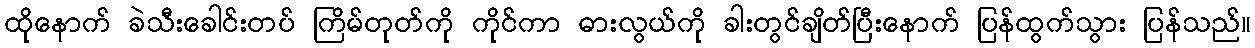
ထိုနောက် ခဲသီးခေါင်းတပ် ကြိမ်တုတ်ကို ကိုင်ကာ ဓားလွယ်ကို ခါးတွင်ချိတ်ပြီးနောက် ပြန်ထွက်သွား ပြန်သည်။